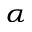
_ { \alpha }